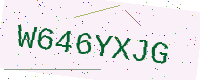
Text: W646YXJG